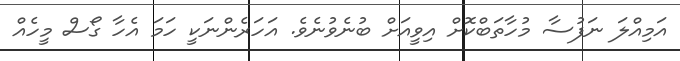
އަމިއްލަ ނަފުސާ މުހާތަބްކޮށް އިވީއަށް ބުނެވުނެވެ. އަހަރެންނަކީ ހަމަ އެހާ ގޯސް މީހެއް